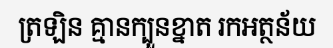
ត្រឡិន គ្មានក្បួនខ្នាត រកអត្ថន័យ